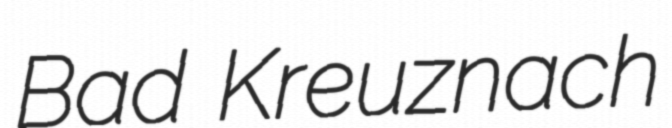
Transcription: Bad Kreuznach